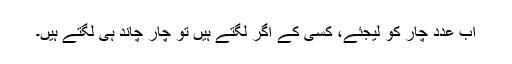
اب عدد چار کو لیجئے، کسی کے اگر لگتے ہیں تو چار چاند ہی لگتے ہیں۔